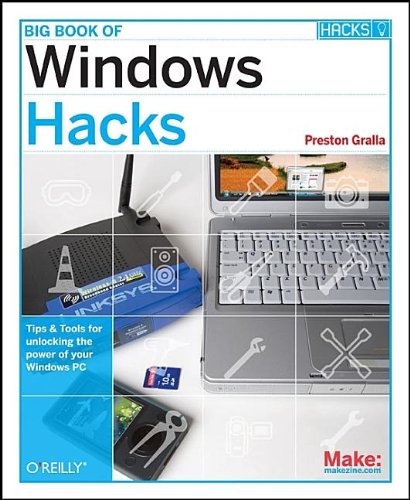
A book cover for Big Book of Windows Hacks; Preston Gralla; Computers & Technology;